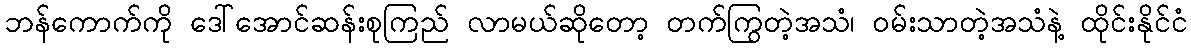
ဘန်ကောက်ကို ဒေါ်အောင်ဆန်းစုကြည် လာမယ်ဆိုတော့ တက်ကြွတဲ့အသံ၊ ဝမ်းသာတဲ့အသံနဲ့ ထိုင်းနိုင်ငံ